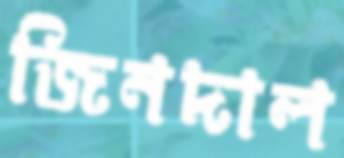
জিনদাল